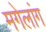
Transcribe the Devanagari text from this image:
मगेलांग